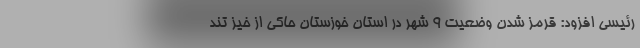
رئیسی افزود: قرمز شدن وضعیت 9 شهر در استان خوزستان حاکی از خیز تند